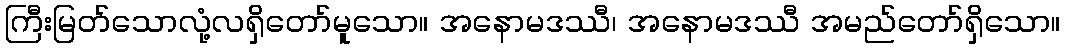
ကြီးမြတ်သောလုံ့လရှိတော်မူသော။ အနောမဒဿီ၊ အနောမဒဿီ အမည်တော်ရှိသော။